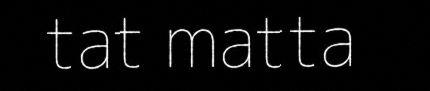
tat matta